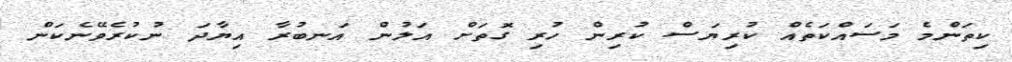
ކިތަންމެ މަސައްކަތެއް ކުރިޔަސް ކުރިން ހުރި ގޮތަށް އަލުން އަނބުރާ އިޔާދަ ނުކުރެވޭނެކަން